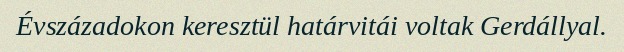
Évszázadokon keresztül határvitái voltak Gerdállyal.